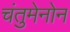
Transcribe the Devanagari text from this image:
चंतुमेनोन